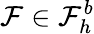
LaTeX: \mathcal{F}\in\mathcal{{\mathcal{F}}}_{h}^{b}